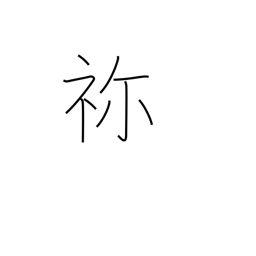
Meaning: ancestral shrine